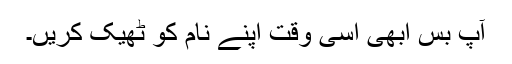
آپ بس ابھی اسی وقت اپنے نام کو ٹھیک کریں۔